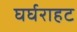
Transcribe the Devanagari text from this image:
घर्घराहट